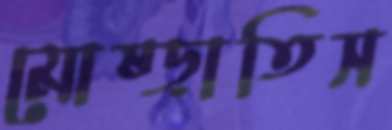
মোষ্‌ড়াতিস